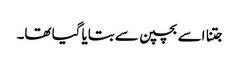
جتنا اسے بچپن سے بتایا گیا تھا۔